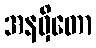
အနဝှိတော